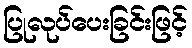
ပြုလုပ်ပေးခြင်းဖြင့်